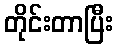
တိုင်းတာပြီး